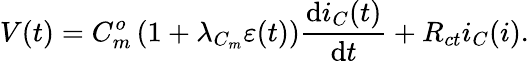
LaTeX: V(t)=C_{m}^{o}\left(1+\lambda_{C_{m}}\varepsilon(t)\right)\frac{\textrm{d}i_{C}(t)}{\textrm{d}t}+R_{ct}i_{C}(i).